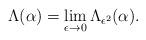
LaTeX: \begin{align*}\Lambda(\alpha)=\lim_{\epsilon\to0}\Lambda_{\epsilon^2}(\alpha).\end{align*}